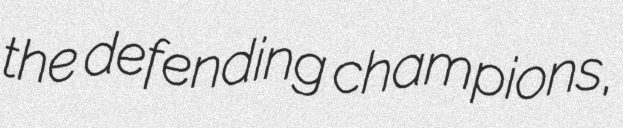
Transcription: the defending champions,